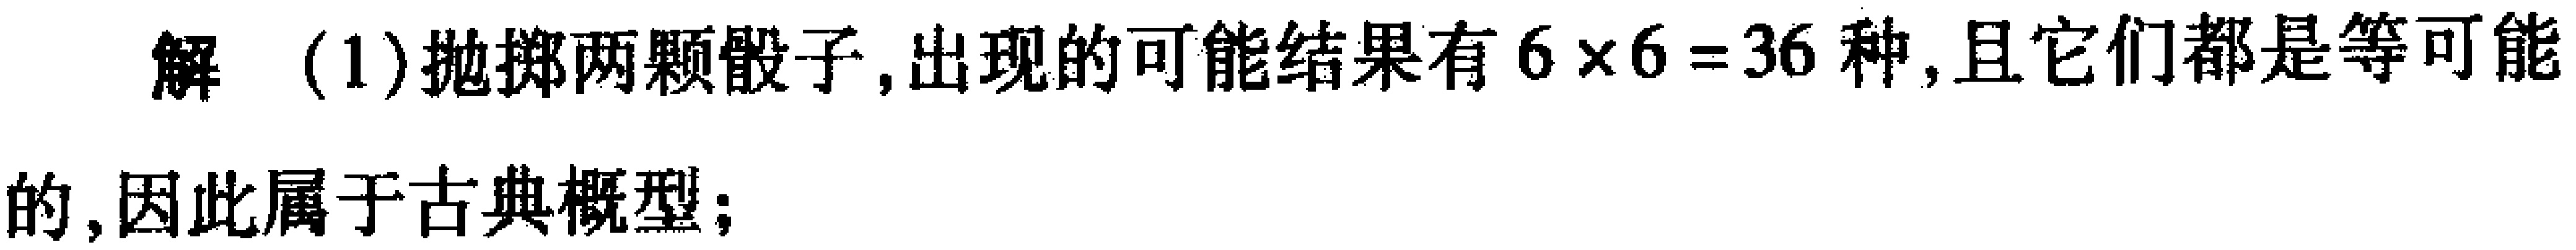
解 (1)抛掷两颗骰子,出现的可能结果有\(6\times6 = 36\)种,且它们都是等可能的,因此属于古典概型;